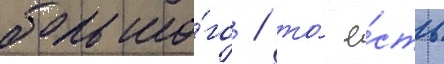
больно́го / то́ е́сть